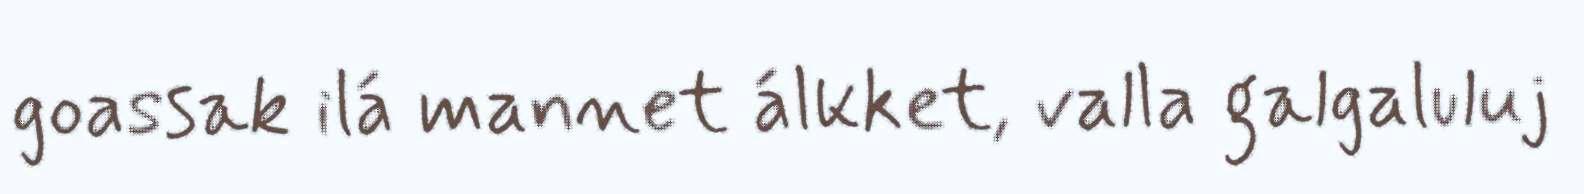
goassak ilá mannet álkket, valla galgaluluj